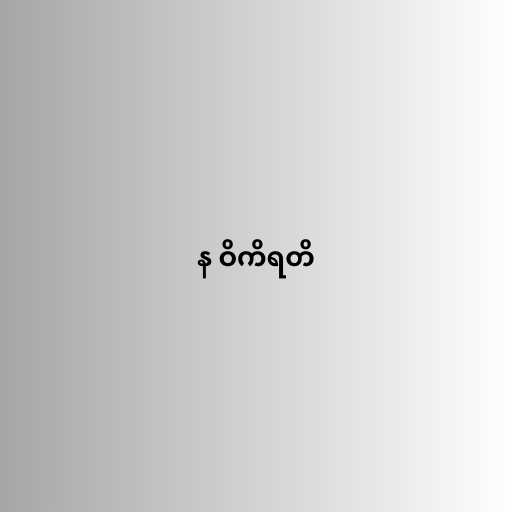
န ဝိကိရတိ